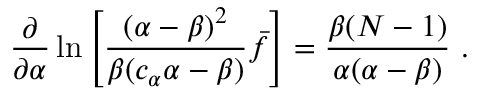
\frac { \partial } { \partial \alpha } \ln \left[ \frac { ( \alpha - \beta ) ^ { 2 } } { \beta ( c _ { \alpha } \alpha - \beta ) } \bar { f } \right] = \frac { \beta ( N - 1 ) } { \alpha ( \alpha - \beta ) } \ .